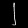
Digit: ၂